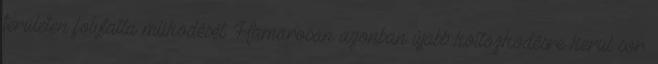
területen folytatta működését. Hamarosan azonban újabb költözködésre kerül sor.